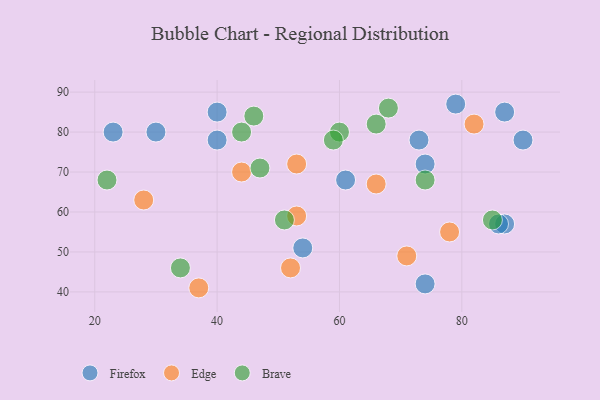
{"axis": {"x": "GDP", "y": "Life Expectancy"}, "legend": ["Brave", "Edge", "Firefox"], "data": [{"x": "40", "y": 78, "type": "Firefox"}, {"x": "74", "y": 72, "type": "Firefox"}, {"x": "87", "y": 57, "type": "Firefox"}, {"x": "86", "y": 57, "type": "Firefox"}, {"x": "54", "y": 51, "type": "Firefox"}, {"x": "23", "y": 80, "type": "Firefox"}, {"x": "79", "y": 87, "type": "Firefox"}, {"x": "40", "y": 85, "type": "Firefox"}, {"x": "90", "y": 78, "type": "Firefox"}, {"x": "30", "y": 80, "type": "Firefox"}, {"x": "74", "y": 42, "type": "Firefox"}, {"x": "87", "y": 85, "type": "Firefox"}, {"x": "73", "y": 78, "type": "Firefox"}, {"x": "61", "y": 68, "type": "Firefox"}, {"x": "52", "y": 46, "type": "Edge"}, {"x": "71", "y": 49, "type": "Edge"}, {"x": "82", "y": 82, "type": "Edge"}, {"x": "28", "y": 63, "type": "Edge"}, {"x": "44", "y": 70, "type": "Edge"}, {"x": "53", "y": 59, "type": "Edge"}, {"x": "66", "y": 67, "type": "Edge"}, {"x": "53", "y": 72, "type": "Edge"}, {"x": "37", "y": 41, "type": "Edge"}, {"x": "78", "y": 55, "type": "Edge"}, {"x": "60", "y": 80, "type": "Brave"}, {"x": "34", "y": 46, "type": "Brave"}, {"x": "47", "y": 71, "type": "Brave"}, {"x": "74", "y": 68, "type": "Brave"}, {"x": "85", "y": 58, "type": "Brave"}, {"x": "44", "y": 80, "type": "Brave"}, {"x": "68", "y": 86, "type": "Brave"}, {"x": "22", "y": 68, "type": "Brave"}, {"x": "66", "y": 82, "type": "Brave"}, {"x": "59", "y": 78, "type": "Brave"}, {"x": "51", "y": 58, "type": "Brave"}, {"x": "46", "y": 84, "type": "Brave"}]}